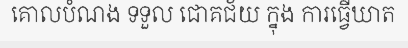
គោលបំណង ទទួល ជោគជ័យ ក្នុង ការធ្វើឃាត